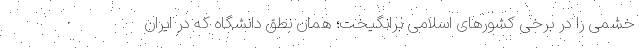
خشمی را در برخی کشورهای اسلامی برانگیخت؛ همان نطق دانشگاه که در ایران